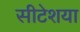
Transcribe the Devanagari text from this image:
सीटेशया